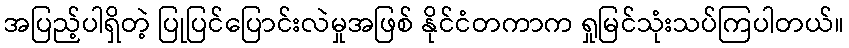
အပြည့်ပါရှိတဲ့ ပြုပြင်ပြောင်းလဲမှုအဖြစ် နိုင်ငံတကာက ရှုမြင်သုံးသပ်ကြပါတယ်။